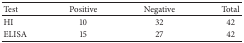
<table><thead><tr><td><b>Test</b></td><td><b> Positive</b></td><td><b> Negative</b></td><td><b>Total</b></td></tr></thead><tbody><tr><td>HI</td><td> 10</td><td> 32</td><td> 42</td></tr><tr><td>ELISA</td><td> 15</td><td> 27</td><td> 42</td></tr></tbody></table>